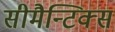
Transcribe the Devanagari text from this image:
सीमैन्टिक्स